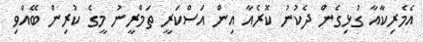
އެެމެރިކާއާ ގުޅިގެން ދެކުނު ކޮރެއާ އިން އަސްކަރީ ތަމްރީނު މީގެ ކުރިން ބޭއްވި